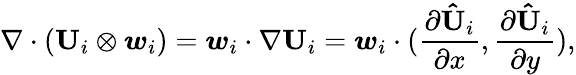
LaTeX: \nabla\cdot(\mathbf{U}_{i}\otimes\boldsymbol{w}_{i})=\boldsymbol{w}_{i}\cdot\nabla\mathbf{U}_{i}=\boldsymbol{w}_{i}\cdot(\frac{\partial{\mathbf{\hat{U}}_{i}}}{\partial x},\frac{\partial{\mathbf{\hat{U}}_{i}}}{\partial y}),